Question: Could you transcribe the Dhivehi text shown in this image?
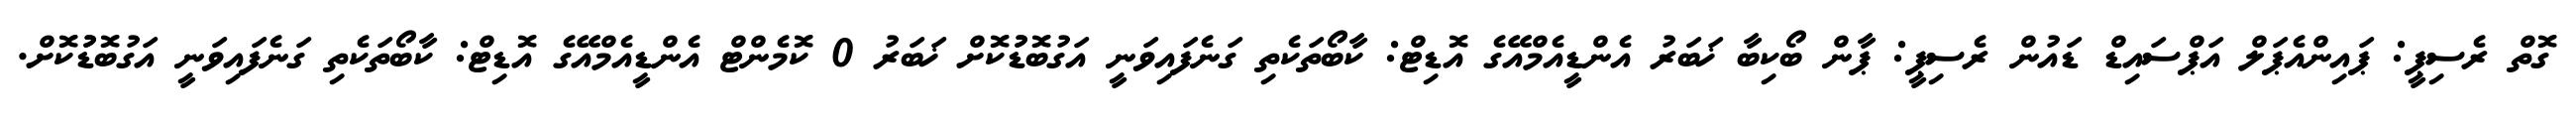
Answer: ގޮތް ރެސިޕީ: ޕައިންއެޕަލް އަޕްސައިޑް ޑައުން ރެސިޕީ: ޕާން ބޯކިބާ ޚަބަރު އެންޑީއެމްއޭގެ އޮޑިޓް: ކާބޯތަކެތި ގަނެފައިވަނީ އަގުބޮޑުުކޮށް ޚަބަރު 0 ކޮމެންޓް އެންޑީއެމްއޭގެ އޮޑިޓް: ކާބޯތަކެތި ގަނެފައިވަނީ އަގުބޮޑުުކޮށް.